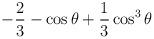
LaTeX: \begin{align*}-\frac{2}{3} - \cos \theta + \frac{1}{3} \cos^3 \theta\end{align*}